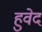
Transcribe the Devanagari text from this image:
हुवेद